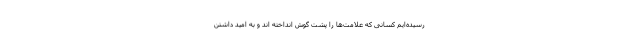
رسیده‌ایم کسانی که علامت‌ها را پشت گوش انداخته اند و به امید داشتن